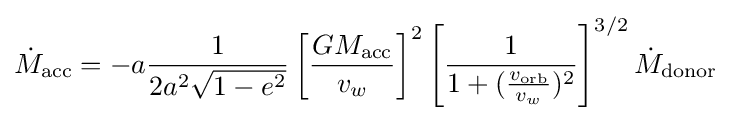
{\dot {M}}_{\text{acc}}=-a{\frac {1}{2a^{2}{\sqrt {1-e^{2}}}}}\left[{\frac {GM_{\text{acc}}}{v_{w}}}\right]^{2}\left[{\frac {1}{1+({\frac {v_{\text{orb}}}{v_{w}}})^{2}}}\right]^{3/2}{\dot {M}}_{\text{donor}}